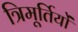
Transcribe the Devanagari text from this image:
त्रिमूर्तियों